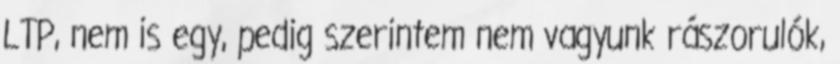
LTP, nem is egy, pedig szerintem nem vagyunk rászorulók,